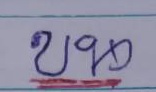
บน